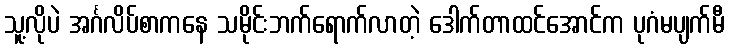
သူ့လိုပဲ အင်္ဂလိပ်စာကနေ သမိုင်းဘက်ရောက်လာတဲ့ ဒေါက်တာထင်အောင်က ပုဂံမပျက်မီ